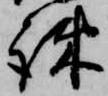
疎